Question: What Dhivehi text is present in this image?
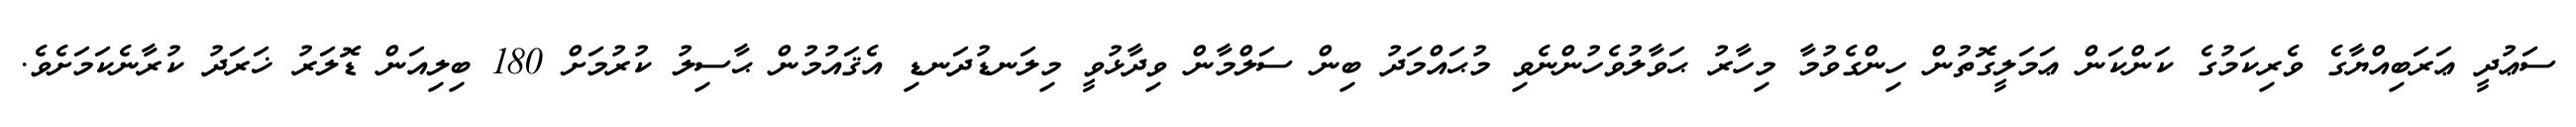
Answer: ސަޢުދީ ޢަރަބިއްޔާގެ ވެރިކަމުގެ ކަންކަން ޢަމަލީގޮތުން ހިންގެވުމާ މިހާރު ޙަވާލުވެހުންނެވި މުޙައްމަދު ބިން ސަލްމާން ވިދާޅުވީ މިލަނޑުދަނޑި އެޤައުމުން ޙާސިލު ކުރުމަށް 180 ބިލިއަން ޑޮލަރު ޚަރަދު ކުރާނެކަމަށެވެ.